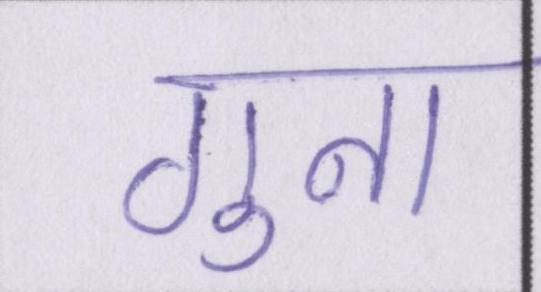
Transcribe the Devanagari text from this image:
गुना